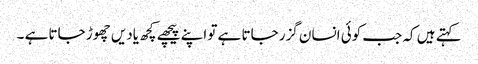
کہتے ہیں کہ جب کوئی انسان گزر جاتا ہے تو اپنے پیچھے کچھ یادیں چھوڑ جاتا ہے ۔